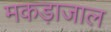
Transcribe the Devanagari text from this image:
मकड़ाजाल